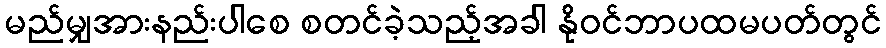
မည်မျှအားနည်းပါစေ စတင်ခဲ့သည့်အခါ နိုဝင်ဘာပထမပတ်တွင်